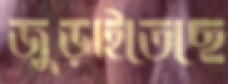
জুড়াইতেছে